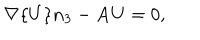
\mathbf { \nabla } \{ U \} \mathbf { n } _ { 3 } - \mathbf { A } U = 0 ,